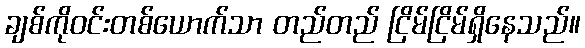
ချစ်ကိုဝင်းတစ်ယောက်သာ တည်တည် ငြိမ်ငြိမ်ရှိနေသည်။